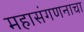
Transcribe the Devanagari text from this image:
महासंगणनाचा